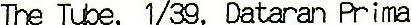
THE TUBE, 1/39, DATARAN PRIMA